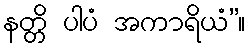
နတ္တိ ပါပံ အကာရိယံ”။